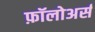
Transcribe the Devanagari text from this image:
फ़ॉलोअर्स